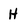
Character: H